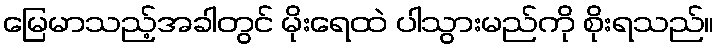
မြေမာသည့်အခါတွင် မိုးရေထဲ ပါသွားမည်ကို စိုးရသည်။